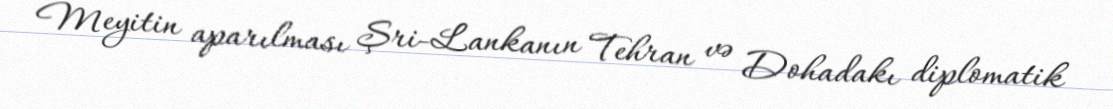
Meyitin aparılması Şri-Lankanın Tehran və Dohadakı diplomatik